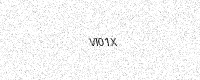
Text: VI01X